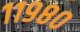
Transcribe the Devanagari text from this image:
११९८०